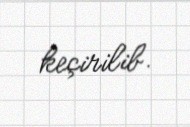
keçirilib.